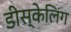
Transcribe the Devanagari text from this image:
डीस्केलिंग